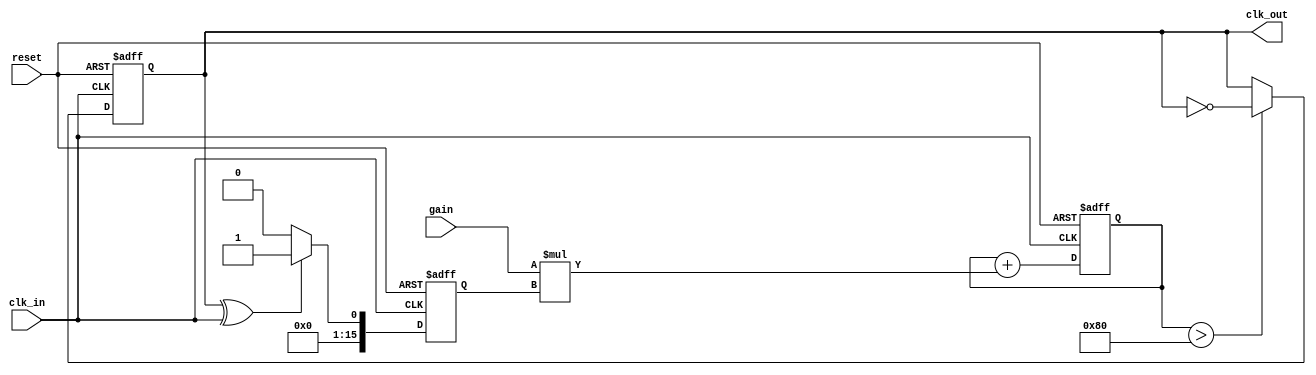
module clock_recovery_PLL (
    input wire clk_in,        // Incoming data signal
    input wire reset,         // Active high reset signal
    input wire [15:0] gain,   // Gain for the loop filter
    output wire clk_out       // Output clock signal
);

// Internal signals
reg [15:0] phase_error;      // Phase error signal from the phase detector
reg [15:0] control_voltage;  // Control voltage for the VCO
reg clk_vco;                 // Output clock from the VCO
reg [15:0] memory_block[0:255]; // Memory block for storing phase information
integer i;

// Phase Detector (PD)
always @(posedge clk_in or posedge reset) begin
    if (reset) begin
        phase_error <= 16'b0;
    end else begin
        // Compare phase (simple example using XOR for phase detection)
        phase_error <= (clk_vco ^ clk_in) ? 16'b1 : 16'b0; // Example phase detection logic
    end
end

// Loop Filter (LF)
always @(posedge clk_in or posedge reset) begin
    if (reset) begin
        control_voltage <= 16'b0;
    end else begin
        // Simple first-order loop filter
        control_voltage <= control_voltage + (gain * phase_error); // Adjust control voltage based on phase error
    end
end

// Voltage-Controlled Oscillator (VCO)
always @(posedge clk_in or posedge reset) begin
    if (reset) begin
        clk_vco <= 1'b0;
    end else begin
        // Generate output clock based on control voltage (for simplicity, toggling)
        if (control_voltage > 16'd128) // Threshold for toggling the output clock
            clk_vco <= ~clk_vco;
    end
end

// Memory Blocks
always @(posedge clk_in or posedge reset) begin
    if (reset) begin
        for (i = 0; i < 256; i = i + 1)
            memory_block[i] <= 16'b0; // Initialize memory blocks to zero
    end else begin
        // Store phase information (just a simple example)
        memory_block[0] <= phase_error; // Store the latest phase error
    end
end

// Output clock generation
assign clk_out = clk_vco; // Output the generated clock signal

endmodule